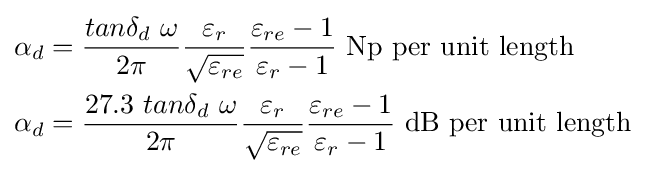
{\begin{aligned}\alpha _{d}&={\frac {tan\delta _{d}{\text{ }}\omega }{2\pi }}{\frac {\varepsilon _{r}}{\sqrt {\varepsilon _{re}}}}{\frac {\varepsilon _{re}-1}{\varepsilon _{r}-1}}{\text{ Np per unit length}}\\\alpha _{d}&={\frac {27.3{\text{ }}tan\delta _{d}{\text{ }}\omega }{2\pi }}{\frac {\varepsilon _{r}}{\sqrt {\varepsilon _{re}}}}{\frac {\varepsilon _{re}-1}{\varepsilon _{r}-1}}{\text{ dB per unit length}}\\\end{aligned}}